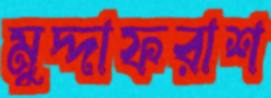
মুদ্দাফরাশ